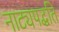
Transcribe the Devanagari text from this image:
नाट्यपद्धति